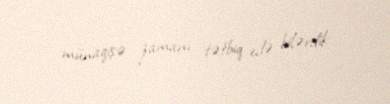
münaqişə zamanı tətbiq edə bilərdik.